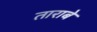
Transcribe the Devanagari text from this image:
ताराबे